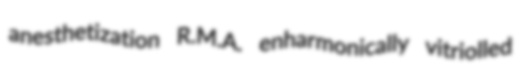
anesthetization R.M.A. enharmonically vitriolled